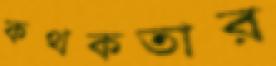
কথকতার